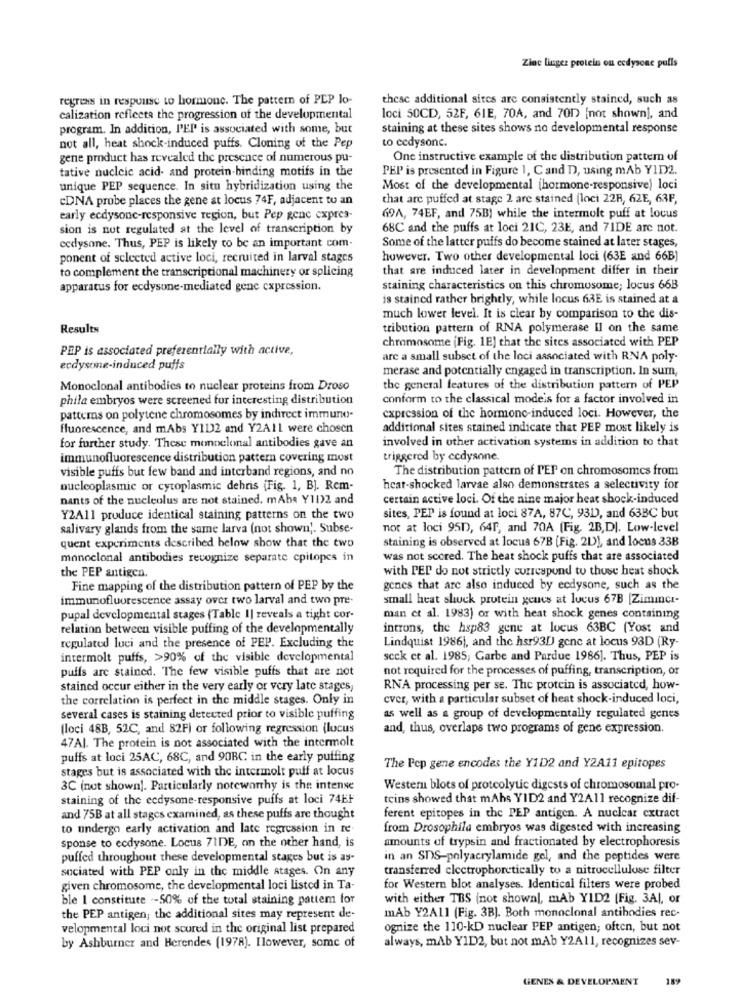
Zinc linger protein ou codysone pulls
regress in response to hormone. The pattern of PEP lo-
these additional sites are consistently stained, such as
calization reflects the progression of the developmental
loci 50CD, 52F, 61E, 70A, and 701) [not shown], and
program. In addition, I'EP is associated with some, but
staining at these sites shows no developmental response
to cedysonc.
not all, heat shock-induced puffs. Cloning of the Pep
gene product has revealed the presence of numerous pu-
One instructive example of the distribution pattern of
tative nucleic acid- and protein-binding motifs in the
PEP is presented in Figure 1, C and D, using mAb YID2.
unique PEP sequence. In situ hybridization using the
Most of the developmental (hormone-responsive) loci
CDNA probe places the gene at locus 74F, adjacent to an
that are puffed at stage 2 are stained (loci 228, 62E, 63F,
early ecdysonc-responsive region, but Pep genc cxpres-
69A, 74EF, and 75B) while the intermolt puff at locus
sion is not regulated at the level of transcription by
68C and the puffs at loci 21C, 23E, and 71DE are not.
ecdysone. Thus, PEP is likely to be an important com-
Some of the latter puffs do become stained at later stages,
ponent of selected active loci, recruited in larval stages
however. Two other developmental loci (63E and 66B]
to complement the transcriptional machinery or splicing
that are induced later in development differ in their
apparatus for ecdysone-mediated gene expression.
staining characteristics on this chromosome; locus 66B
is stained rather brightly, while locus 63E is stained at a
much lower level. It is clear by comparison to the dis-
Results
tribution pattern of RNA polymerase Il on the same
chromosome (Fig. 1E] that the sites associated with PEP
PEP is associated preferentially with active,
arc a small subset of the loci associated with RNA poly-
ecdysomne-induced puffs
merase and potentially engaged in transcription. In sum,
Monoclonal antibodies to nuclear proteins from Droso
the general features of the distribution pattern of PEP
phila embryos were screened fur interesting distribution
conform to the classical modeis for a factor involved in
patterns on polytene chromosomes by indirect immuno-
expression of the hormone-induced loci. However, the
fluorescence, and mAbs Y112 and Y2A11 were chosen
additional sites stained indicate that PEP most likely is
involved in other activation systems in addition to that
for further study. These monoclonal antibodies gave an
immunofluorescence distribution pattern covering most
triggered by cedysone.
visible puffs but few band and interband regions, and no
The distribution pattern of PEP on chromosomes from
nucleoplasmic or cytoplasmic debris (Fig. 1, B]. Rem-
heat-shocked larvae also demonstrates a selectivity for
nants of the nucleolus are not stained. mAbs Y11)2 and
certain active loci. Of the nine major heat shock-induced
Y2All produce identical staining patterns on the two
sites, PEP is found at loci 87A, 87C, 93D), and 63BC but
salivary glands from the same larva (not shown'. Subse-
not at loci 95D, 64F, and 70A (Fig. 2B,D]. Low-level
quent experiments described below show that the two
staining is observed at locus 67B (Fig. 21), and locus 33B
monoclonal antibodies recognize separate cpitopes in
was not scored. The heat shock puffs that are associated
with PEP do not strictly correspond to those heat shock
the PEP antigen.
Fine mapping of the distribution pattern of PEP by the
genes that are also induced by ecdysone, such as the
immunofluorescence assay over two larval and two pre-
small heat shuck protein geues at lucus 67B [Zimince-
pupal developmental stages (Table I| reveals a tight cor-
man et al. 1983) or with heat shock genes containing
relation between visible puffing of the developmentally
introns, the hsp83 gene at locus 63BC (Yost and
Lindquist 1986), and the hsr93D gene at locus 93D (Ry-
regulated luci and the presence of PEP. Excluding the
intermolt puffs, >90% of the visible developmental
scck et al. 1985; Garbe and Pardue 1986]. Thus, PEP is
puffs are stained. The few visible puffs that are not
not required for the processes of puffing, transcription, or
stained occur either in the very early or vcry late stages,
RNA processing per se. The protein is associated, how-
the correlation is perfect in the middle stages. Only in
cver, with a particular subset of heat shock-induced loci,
several cases is staining detected prior to visible puffing
as well as a group of developmentally regulated genes
(loci 48B, 52C, and 82Fi or following regression (lucus
and, thus, overlaps two programs of gene expression.
47Al. The protein is not associated with the intermolt
puffs at loci 25AC, 68C, and 90BC in the early puffing
stages but is associated with the intermolt puff at locus
The Pop gene encodes the Y1D2 and Y2A11 epitopes
3C (nut shown]. Particularly noteworthy is the intense
Western blots of proteolytic digests of chromosomal pro-
staining of the ecdysone-responsive puffs at loci 74E+
tcins showed that mAhs VID2 and Y2A11 recognize dif-
and 75B at all stages examined, as these puffs are thought
ferent epitopes in the PEP antigen. A nuclear extract
to undergo early activation and late regression in re
from Drosophila embryos was digested with increasing
sponse to ecdysone. Locus 71DE, on the other hand, is
amounts of trypsin and fractionated by electrophoresis
puffed throughout these developmental stages but is as-
in an SDS-polyacrylamide gel, and the peptides were
sociated with PEP only in the middle stages. On any
transferred electrophoretically to a nitrocellulose filter
given chromosome, the developmental loci listed in Ta-
for Western blot analyses. Identical filters were probed
ble I constitute -- 50% of the total staining pattem for
with either TBS (not shownl, mAb YID2 (Fig. 3Al, or
the PEP antigen; the additional sites may represent de-
mAb Y2A11 (Fig. 3B). Both monoclonal antibodies rec-
velopmental loci not scored in the original list prepared
ognize the 110-kD nuclear PEP antigen; often, but not
always, mAb YID2, but not mAb Y2A11, recognizes sev-
by Ashburner and Herendes (1978). Ilowever, some of
GENES & DEVELOPMENT
189